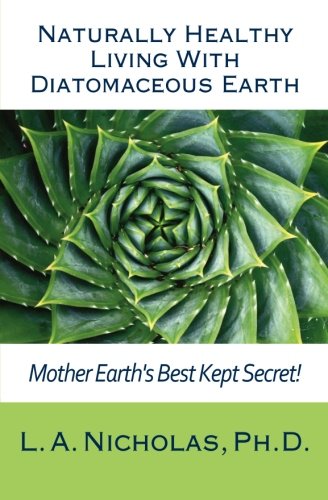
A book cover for Naturally Healthy Living with Diatomaceous Earth: You, your home, and your pets can be healthier using Mother Earth's Best Kept Secret! (Simply Smarter Living) (Volume 1); L. A. Nicholas Ph. D.; Crafts, Hobbies & Home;